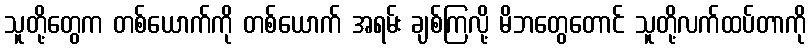
သူတို့တွေက တစ်ယောက်ကို တစ်ယောက် အရမ်း ချစ်ကြလို့ မိဘတွေတောင် သူတို့လက်ထပ်တာကို